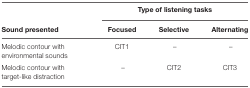
<table><thead><tr><td></td><td colspan="3"><b>Type of listening tasks</b></td></tr><tr><td><b>Sound presented</b></td><td><b>Focused</b></td><td><b>Selective</b></td><td><b>Alternating</b></td></tr></thead><tbody><tr><td>Melodic contour with</td><td>CIT1</td><td>–</td><td>–</td></tr><tr><td>environmental sounds</td><td></td><td></td><td></td></tr><tr><td>Melodic contour with</td><td>–</td><td>CIT2</td><td>CIT3</td></tr><tr><td>target-like distraction</td><td></td><td></td><td></td></tr></tbody></table>